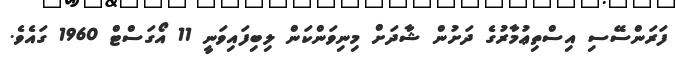
ފަރަންސޭސި އިސްތިޢުމާރުގެ ދަށުން ޝާދަށް މިނިވަންކަން ލިބިފައިވަނީ 11 އޯގަސްޓް 1960 ގައެވެ.